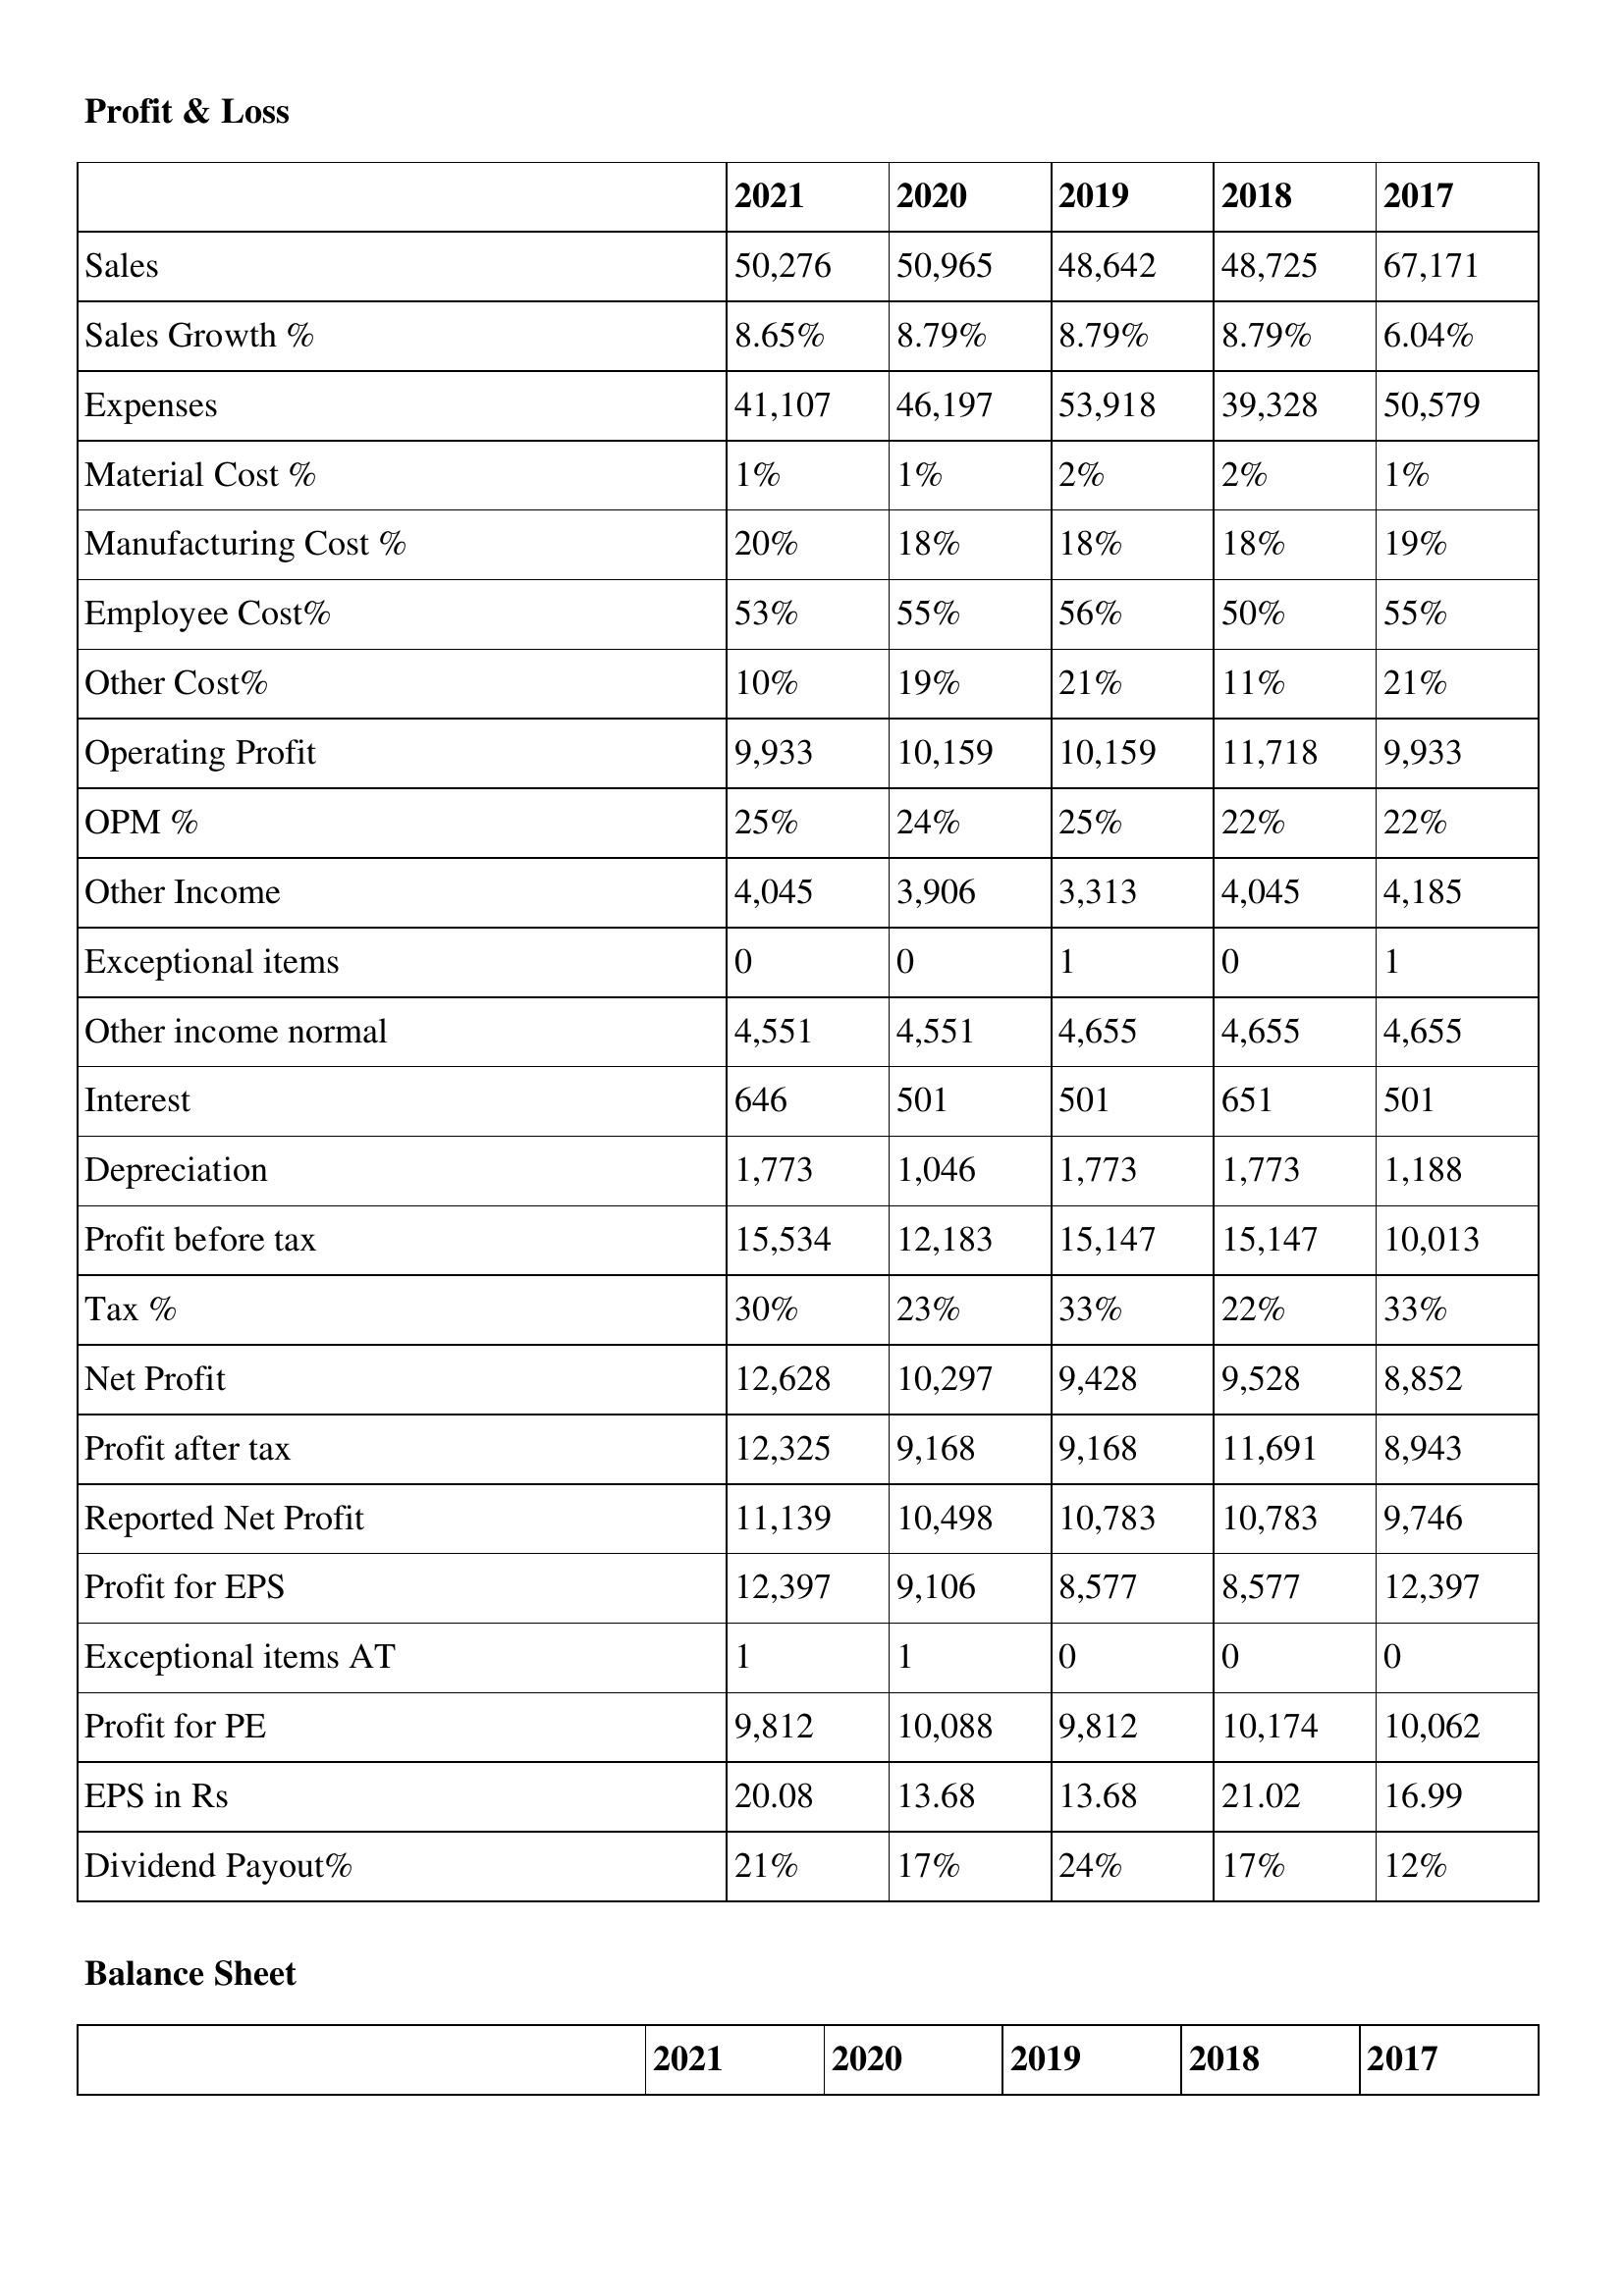
gt_parse: 2021: Profit & Loss: Sales: 50,276
Sales Growth %: 8.65%
Expenses: 41,107
Material Cost %: 1%
Manufacturing Cost %: 20%
Employee Cost%: 53%
Other Cost%: 10%
Operating Profit: 9,933
OPM %: 25%
Other Income: 4,045
Exceptional items: 0
Other income normal: 4,551
Interest: 646
Depreciation: 1,773
Profit before tax: 15,534
Tax %: 30%
Net Profit: 12,628
Profit after tax: 12,325
Reported Net Profit: 11,139
Profit for EPS: 12,397
Exceptional items AT: 1
Profit for PE: 9,812
EPS in Rs: 20.08
Dividend Payout%: 21%
2020: Profit & Loss: Sales: 50,965
Sales Growth %: 8.79%
Expenses: 46,197
Material Cost %: 1%
Manufacturing Cost %: 18%
Employee Cost%: 55%
Other Cost%: 19%
Operating Profit: 10,159
OPM %: 24%
Other Income: 3,906
Exceptional items: 0
Other income normal: 4,551
Interest: 501
Depreciation: 1,046
Profit before tax: 12,183
Tax %: 23%
Net Profit: 10,297
Profit after tax: 9,168
Reported Net Profit: 10,498
Profit for EPS: 9,106
Exceptional items AT: 1
Profit for PE: 10,088
EPS in Rs: 13.68
Dividend Payout%: 17%
2019: Profit & Loss: Sales: 48,642
Sales Growth %: 8.79%
Expenses: 53,918
Material Cost %: 2%
Manufacturing Cost %: 18%
Employee Cost%: 56%
Other Cost%: 21%
Operating Profit: 10,159
OPM %: 25%
Other Income: 3,313
Exceptional items: 1
Other income normal: 4,655
Interest: 501
Depreciation: 1,773
Profit before tax: 15,147
Tax %: 33%
Net Profit: 9,428
Profit after tax: 9,168
Reported Net Profit: 10,783
Profit for EPS: 8,577
Exceptional items AT: 0
Profit for PE: 9,812
EPS in Rs: 13.68
Dividend Payout%: 24%
2018: Profit & Loss: Sales: 48,725
Sales Growth %: 8.79%
Expenses: 39,328
Material Cost %: 2%
Manufacturing Cost %: 18%
Employee Cost%: 50%
Other Cost%: 11%
Operating Profit: 11,718
OPM %: 22%
Other Income: 4,045
Exceptional items: 0
Other income normal: 4,655
Interest: 651
Depreciation: 1,773
Profit before tax: 15,147
Tax %: 22%
Net Profit: 9,528
Profit after tax: 11,691
Reported Net Profit: 10,783
Profit for EPS: 8,577
Exceptional items AT: 0
Profit for PE: 10,174
EPS in Rs: 21.02
Dividend Payout%: 17%
2017: Profit & Loss: Sales: 67,171
Sales Growth %: 6.04%
Expenses: 50,579
Material Cost %: 1%
Manufacturing Cost %: 19%
Employee Cost%: 55%
Other Cost%: 21%
Operating Profit: 9,933
OPM %: 22%
Other Income: 4,185
Exceptional items: 1
Other income normal: 4,655
Interest: 501
Depreciation: 1,188
Profit before tax: 10,013
Tax %: 33%
Net Profit: 8,852
Profit after tax: 8,943
Reported Net Profit: 9,746
Profit for EPS: 12,397
Exceptional items AT: 0
Profit for PE: 10,062
EPS in Rs: 16.99
Dividend Payout%: 12%